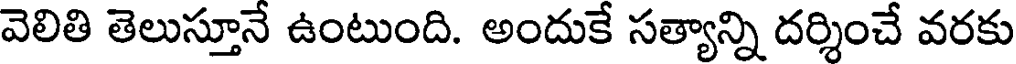
వెలితి తెలుస్తూనే ఉంటుంది. అందుకే సత్యాన్ని దర్శించే వరకు